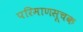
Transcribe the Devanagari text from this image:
परिमाणसूचक